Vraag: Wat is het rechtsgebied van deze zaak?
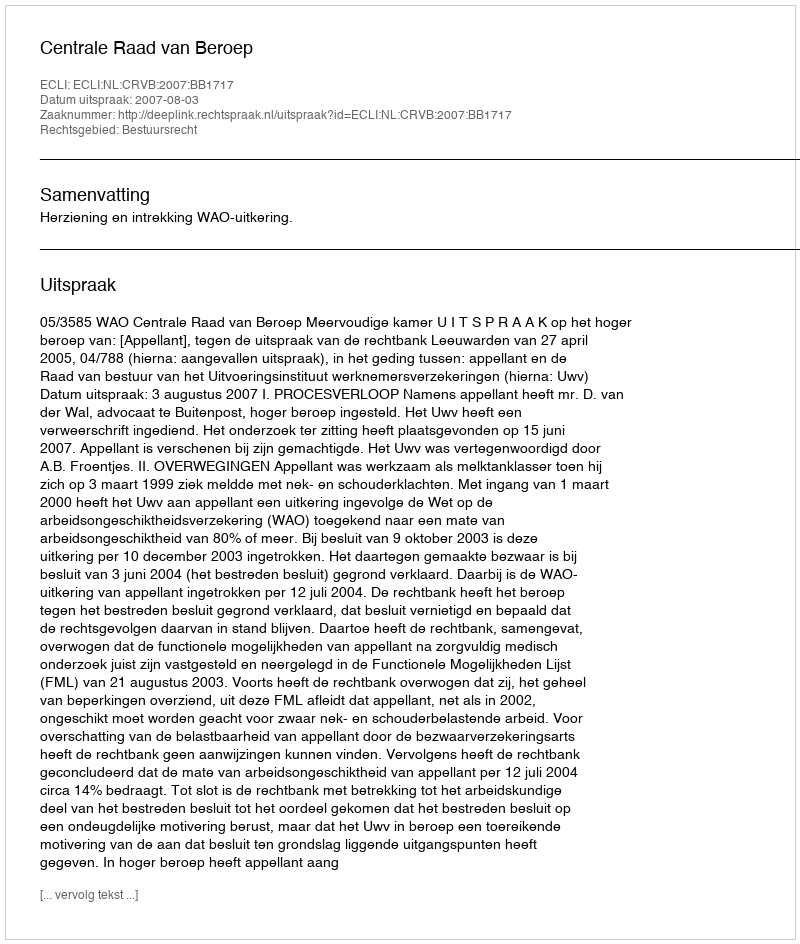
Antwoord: Bestuursrecht